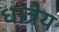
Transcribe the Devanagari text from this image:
धात्रेय